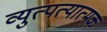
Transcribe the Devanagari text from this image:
व्युत्पत्यात्मक